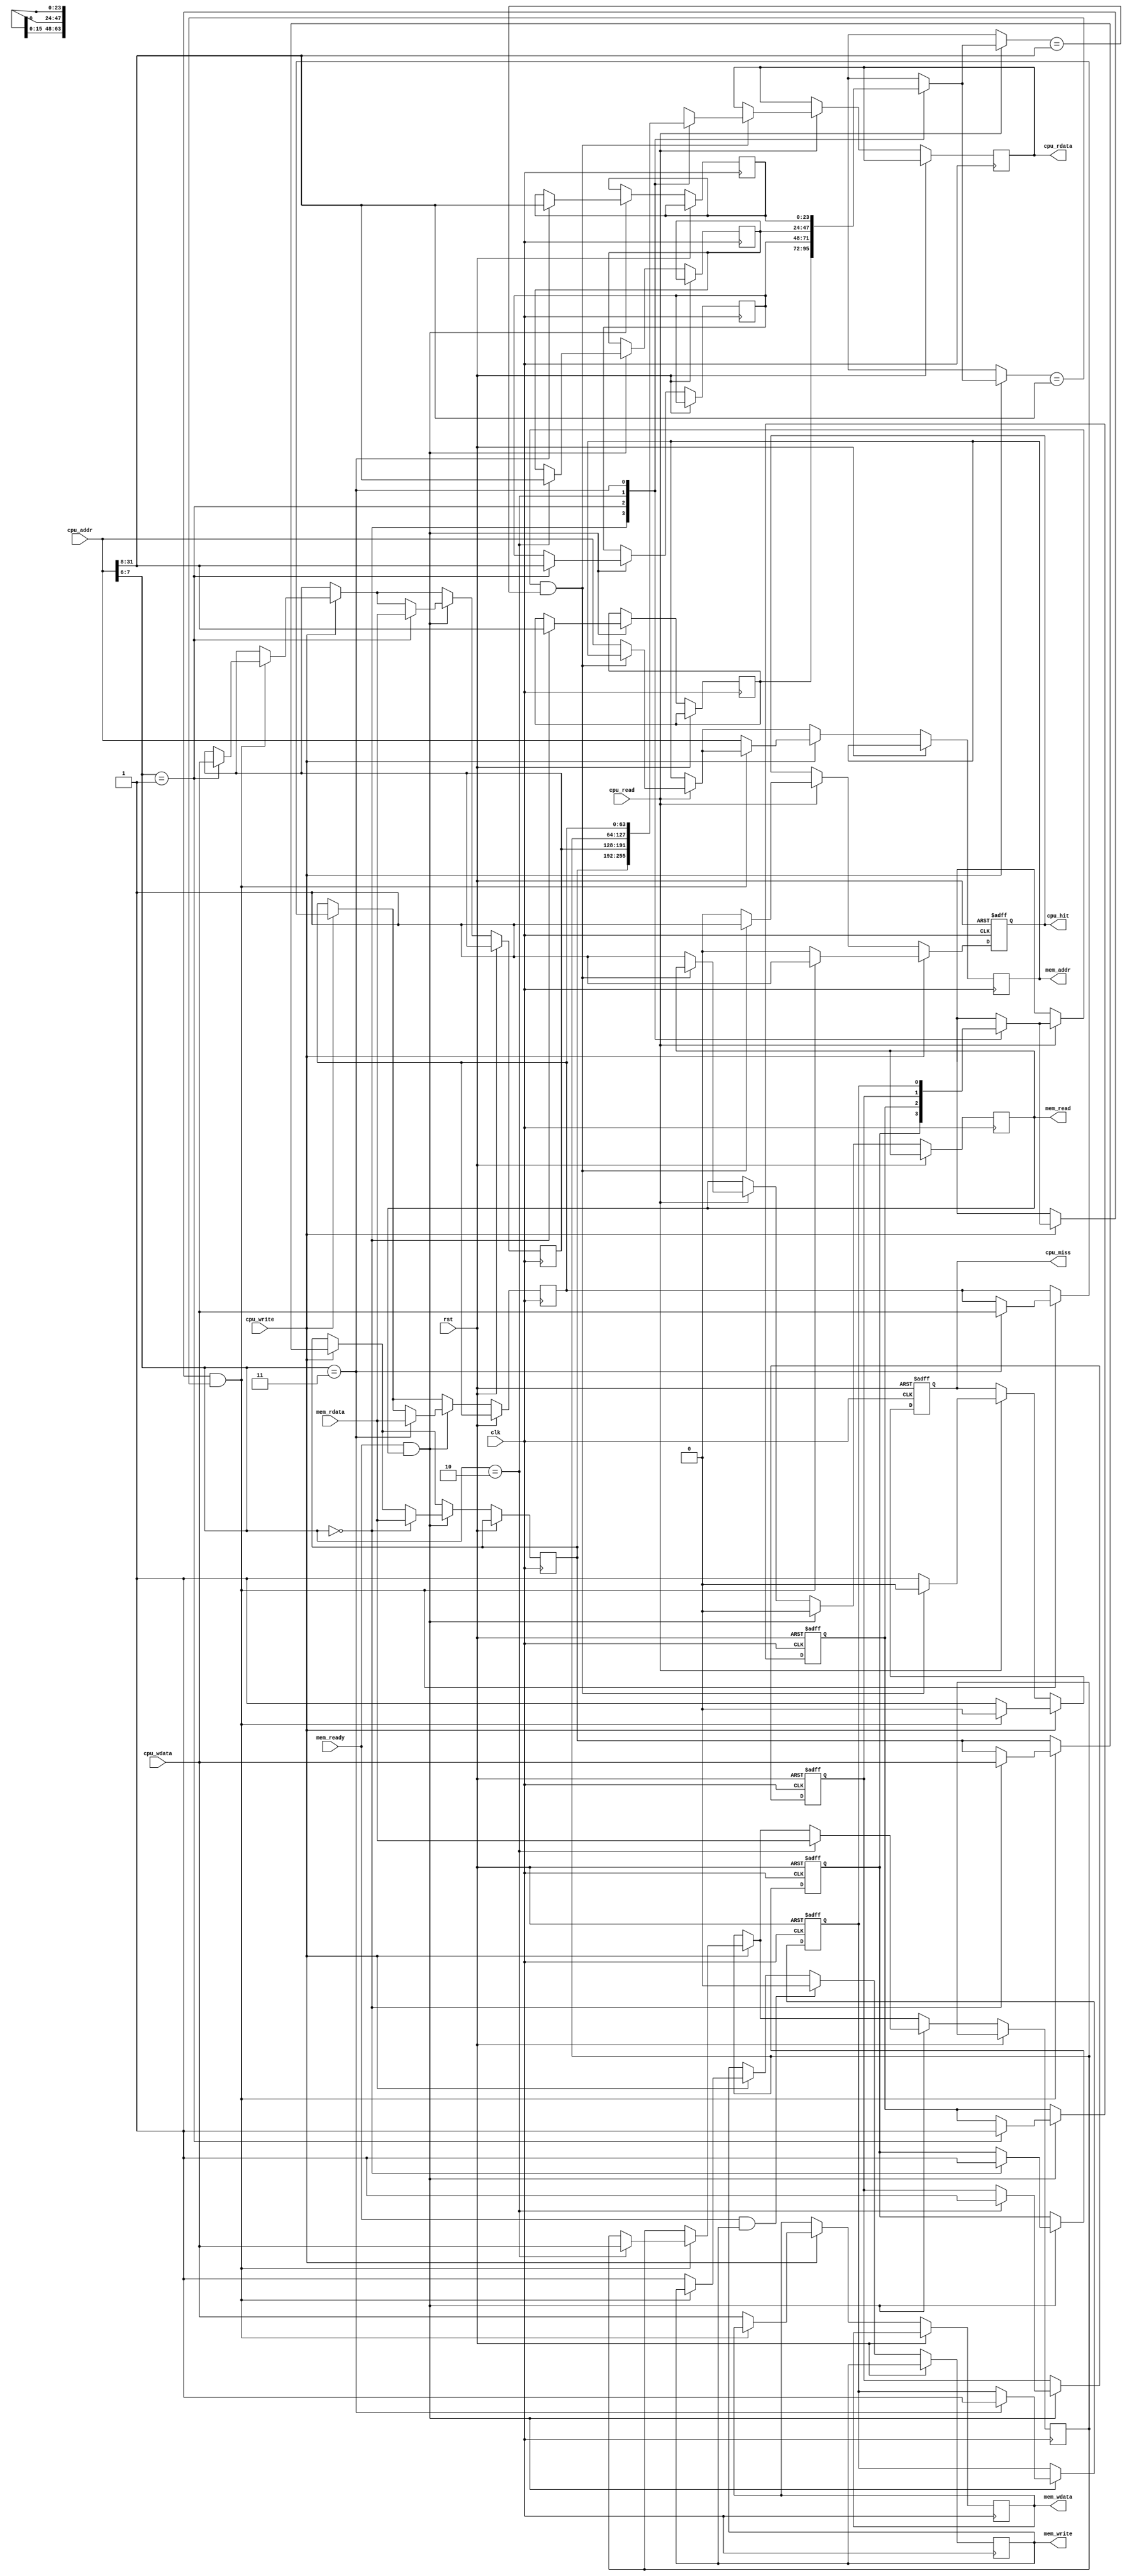
module unified_cache #(
    parameter CACHE_SIZE = 256,  // Total cache size in bytes
    parameter LINE_SIZE = 64,     // Cache line size in bytes
    parameter NUM_LINES = CACHE_SIZE / LINE_SIZE,
    parameter ADDRESS_WIDTH = 32,
    parameter OFFSET_WIDTH = $clog2(LINE_SIZE),
    parameter INDEX_WIDTH = $clog2(NUM_LINES),
    parameter TAG_WIDTH = ADDRESS_WIDTH - INDEX_WIDTH - OFFSET_WIDTH
) (
    input wire clk,
    input wire rst,
    
    // CPU Interface
    input wire [ADDRESS_WIDTH-1:0] cpu_addr,
    input wire cpu_read,
    input wire cpu_write,
    input wire [LINE_SIZE-1:0] cpu_wdata,
    output reg [LINE_SIZE-1:0] cpu_rdata,
    output reg cpu_hit,
    output reg cpu_miss,

    // Memory Interface
    output reg mem_read,
    output reg mem_write,
    output reg [ADDRESS_WIDTH-1:0] mem_addr,
    output reg [LINE_SIZE-1:0] mem_wdata,
    input wire [LINE_SIZE-1:0] mem_rdata,
    input wire mem_ready
);

    // Cache Line Structure
    reg [LINE_SIZE-1:0] cache_data [0:NUM_LINES-1];
    reg [TAG_WIDTH-1:0] cache_tag [0:NUM_LINES-1];
    reg valid [0:NUM_LINES-1];
    reg dirty [0:NUM_LINES-1];

    // Tag, Index and Offset Extraction
    wire [TAG_WIDTH-1:0] tag = cpu_addr[ADDRESS_WIDTH-1:OFFSET_WIDTH+INDEX_WIDTH];
    wire [INDEX_WIDTH-1:0] index = cpu_addr[OFFSET_WIDTH+INDEX_WIDTH-1:OFFSET_WIDTH];
    wire [OFFSET_WIDTH-1:0] offset = cpu_addr[OFFSET_WIDTH-1:0];

    // Cache Controller
    integer i;
    initial begin
        // Initialize cache lines to invalid
        for (i = 0; i < NUM_LINES; i = i + 1) begin
            valid[i] = 0;
            dirty[i] = 0;
        end
    end

    always @(posedge clk or posedge rst) begin
        if (rst) begin
            // Reset cache
            for (i = 0; i < NUM_LINES; i = i + 1) begin
                valid[i] <= 0;
                dirty[i] <= 0;
            end
            cpu_hit <= 0;
            cpu_miss <= 0;
        end else begin
            // Cache read operation
            if (cpu_read) begin
                if (valid[index] && (cache_tag[index] == tag)) begin
                    // Cache Hit
                    cpu_rdata <= cache_data[index];
                    cpu_hit <= 1;
                    cpu_miss <= 0;
                end else begin
                    // Cache Miss
                    cpu_hit <= 0;
                    cpu_miss <= 1;
                    mem_read <= 1;
                    mem_addr <= cpu_addr;
                end
            end
            
            // Cache write operation
            if (cpu_write) begin
                if (valid[index] && (cache_tag[index] == tag)) begin
                    // Cache Hit
                    cache_data[index] <= cpu_wdata;
                    dirty[index] <= 1;  // Mark dirty if using write-back
                    cpu_hit <= 1;
                    cpu_miss <= 0;
                end else begin
                    // Cache Miss
                    cpu_hit <= 0;
                    cpu_miss <= 1;
                    mem_write <= 1;
                    mem_addr <= cpu_addr;
                    mem_wdata <= cpu_wdata;
                end
            end

            // Memory read completion
            if (mem_ready && mem_read) begin
                // Load data into cache
                cache_data[index] <= mem_rdata;
                cache_tag[index] <= tag;
                valid[index] <= 1;
                mem_read <= 0;
            end
            
            // Memory write completion
            if (mem_ready && mem_write) begin
                mem_write <= 0;
            end
        end
    end
endmodule